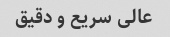
عالی سریع و دقیق